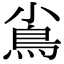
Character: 𩾟